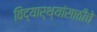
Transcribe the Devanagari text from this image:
विद्यार्थ्यांसाठीचे